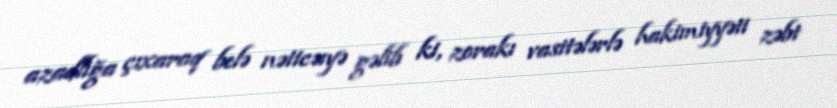
azadlığa çıxaraq belə nəticəıyə gəlib ki, zorakı vasitələrlə hakimiyyəti zəbt